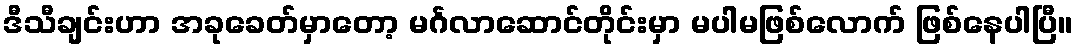
ဒီသီချင်းဟာ အခုခေတ်မှာတော့ မင်္ဂလာဆောင်တိုင်းမှာ မပါမဖြစ်လောက် ဖြစ်နေပါပြီ။